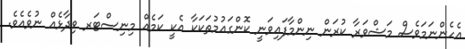
އެހެންނަމަވެސް މަޝްވަރާ ކުރަން ނިންމާފައިވަނީ ކޮންގައުމުތަކަކާ އެކީ ކަމެއް މިނިސްޓަރ ވިދާޅެއް ނުވެއެވެ.